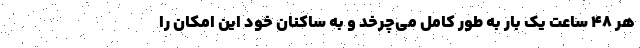
هر ۴۸ ساعت یک بار به طور کامل می‌چرخد و به ساکنان خود این امکان را